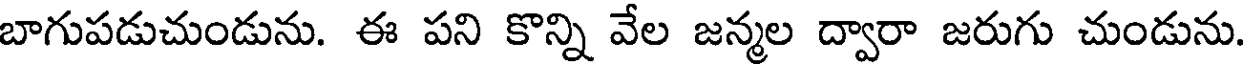
బాగుపడుచుండును. ఈ పని కొన్ని వేల జన్మల ద్వారా జరుగు చుండును